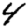
Digit: 4